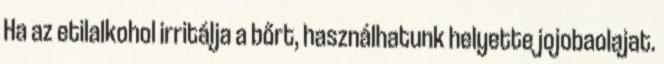
Ha az etilalkohol irritálja a bőrt, használhatunk helyette jojobaolajat.